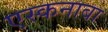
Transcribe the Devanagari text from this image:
एस्कनाबा